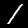
Digit: 1